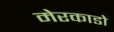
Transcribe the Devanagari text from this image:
मेरकाडो